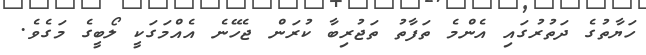
ހަޔާތުގެ ދަތުރުގައި އެންމެ ތަފާތު ތަޖުރިބާ ކުރަން ޖެހޭނެ އެއްމަގަކީ ލޯބީގެ މަގެވެ.